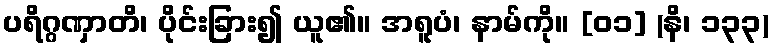
ပရိဂ္ဂဏှာတိ၊ ပိုင်းခြား၍ ယူ၏။ အရူပံ၊ နာမ်ကို။ [၀၁] (နိ၊ ၁၃၃)